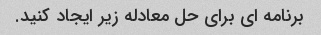
برنامه ای برای حل معادله زیر ایجاد کنید.